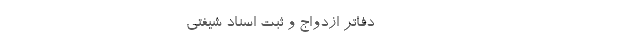
------------------------------------- دفاتر ازدواج و ثبت اسناد شیفتی